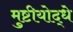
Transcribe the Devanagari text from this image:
मुष्टीयोद्धे